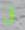
أن